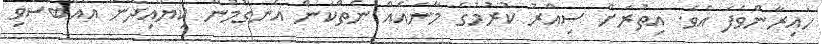
ހައިރާންވެފަ އެވެ. އިތުރަށް ސިއްރު ކުރުމުގެ މާނައެއް ނެތްކަން އެނގުމުން ކިޔައިދޭން އެއްބަސްވި